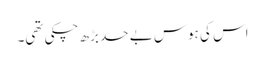
اس کی ہوس بے حد بڑھ چکی تھی۔